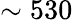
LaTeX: \sim 530